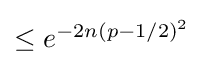
{\textstyle \leq e^{-2n(p-1/2)^{2}}}